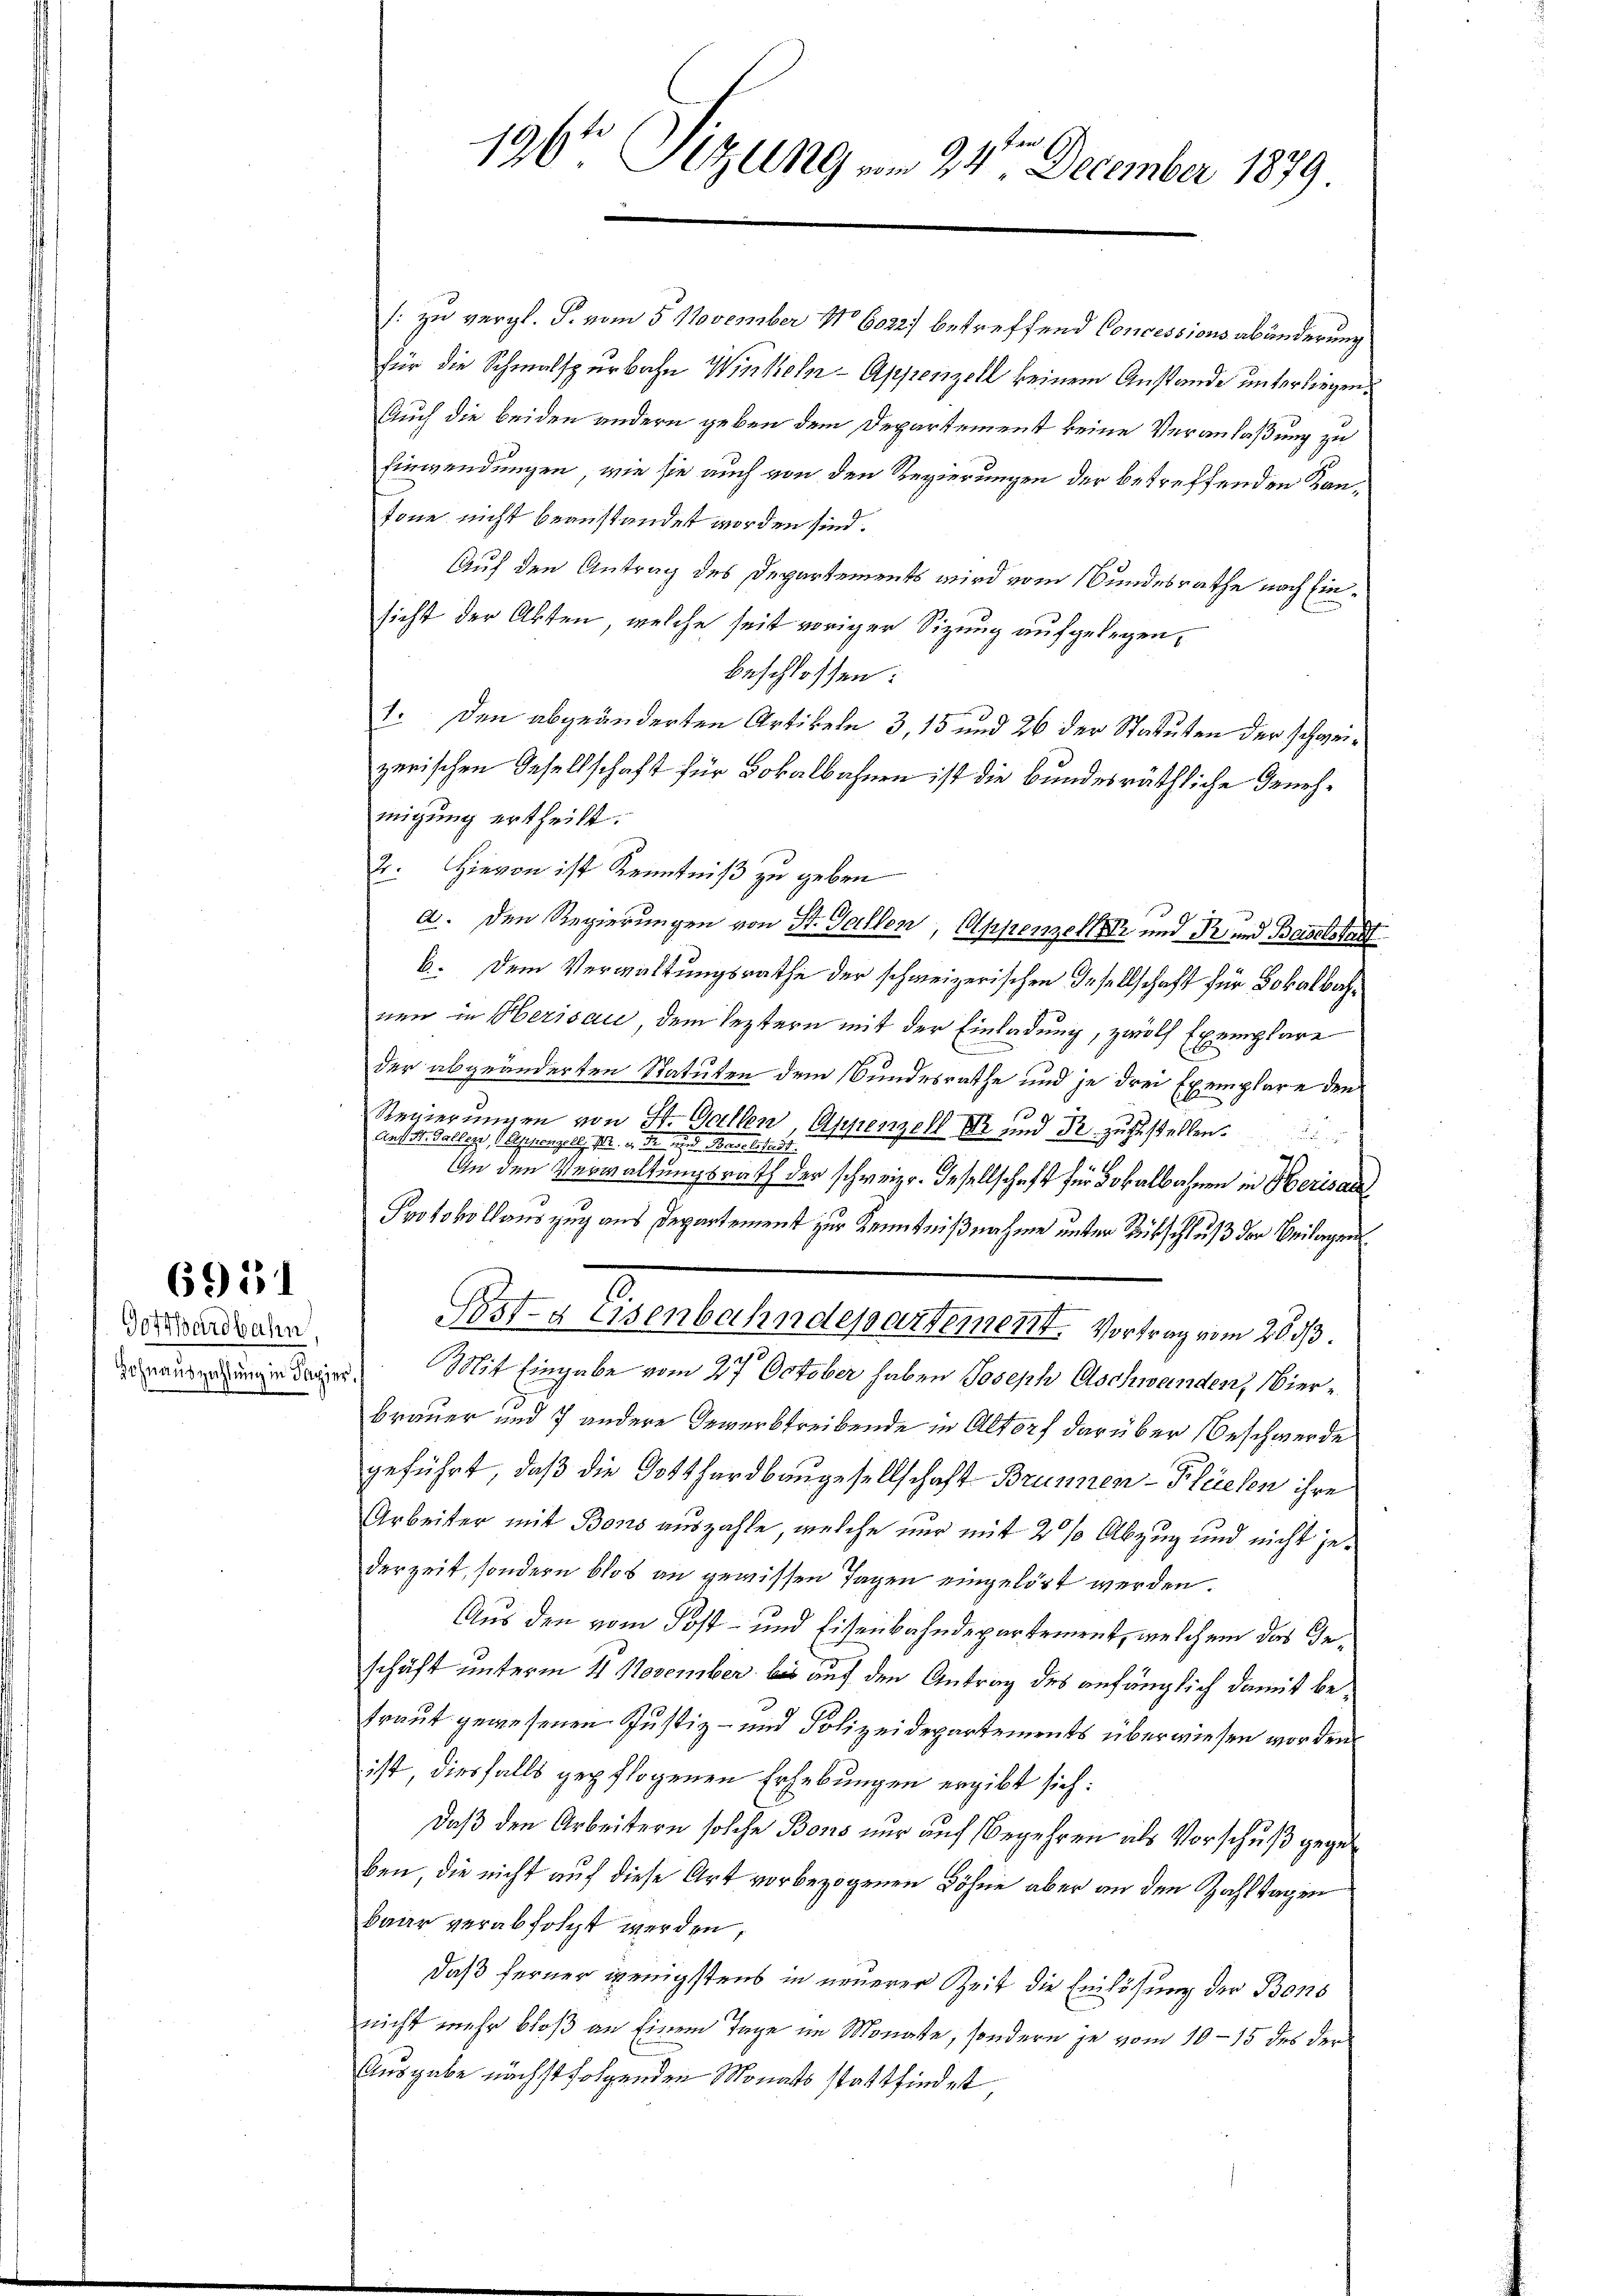
Gotthardbahn,
e herauszahlung in Regier

6951

196te Sitzung vom 24ten December 1879

: zu vergl. P. vom 5. November 16022; betreffend Concessionsabänderung
für die Schmalsperbahn Winkeln - Appenzell keinem Anstande unterliegen.
Auch die beiden andern geben dem Departement keine Veranlaßung zu
Einwendungen, wie sie auch von den Regierungen der betreffenden Kantone nicht beanstandet worden sind.
Auf den Antrag des Departements wird vom Bundesrathe nach Einsicht der Akten, welche seit voriger Sitzung aufgelegen,
beschlossen:
1. Den abgeänderten Artikeln 3, 15 und 26 der Statuten der schweizerischen Gesellschaft für Lokalbahnen ist die bundesräthliche Genehmigung ertheilt.
2. Hievon ist Kenntniß zu geben
a. Den Regierungen von St. Gallen, Appenzell und Pr. und Baselstadt
6. Dem Verwaltungsrathe der schweizerischen Gesellschaft für Lokalbahnen in Herisau, dem leztern mit der Einladung, zwölf Exemplare
der abgeänderten Statuten dem Bundesrathe und je drei Exemplare den
Regierungen von St. Gallen, Appenzell er und 3 zugestellen.
Anf St. Gallen, (Ceppenzell, pr. d. d. wieder Baselsterst
An den Verwaltungsrath der schweiz. Gesellschaft für Lokalbahnen in Herisaue
Protokollauszug aus Departement zur Kenntnißnahme unter Rückschluß der Beilagen
Post- & Eisenbahndepartement. Vortrag vom 28. 33.
 Mit Eingabe vom 27. October haben Joseph Aschwanden, Nierbrauer und 7 andere Gewerstreibende in Altorf darüber Beschwerde
geführt, daß die Gotthardbaugesellschaft Brunnen-Plüelen ihre
Arbeiter mit Bons auszahle, welche nur mit 2 % Abzug und nicht jederzeit, sondern blos an gewissen Tagen eingelöst werden.
Aus den vom Post- und Eisenbahndepartement, welchem das Ges
schäft unterm 4 November bis auf den Antrag des anfänglich damit betraut gewesenen Justiz- und Polizeidepartements überwiesen worden.
ist diesfalls gepflogenen Erhebungen ergibt sich:
Daß den Arbeitern solche Bons nur auf Begehren als Vorschuß gegeben, die nicht auf diese Art vorbezogenen Löhne aber an den Zahltagen
baar verabfolgt werden,
daß ferner wenigstens in neuerer Zeit die Einlösung der Bons
nicht mehr bloß an Einem Tage im Monate, sondern je vom 10–15 des der
Ausgabe nächstfolgenden Monats stattfindet